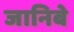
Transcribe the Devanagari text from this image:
जानिबे